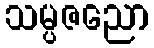
သမ္ပဇညော